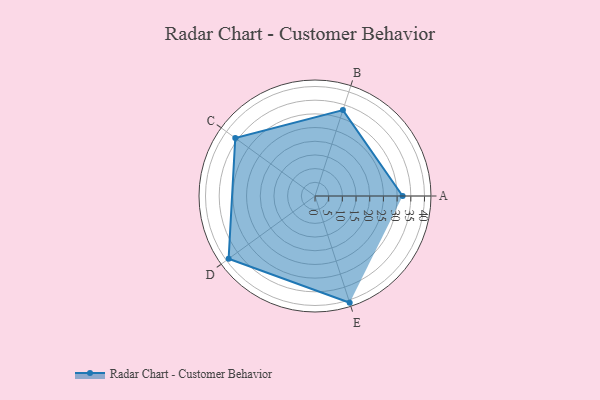
{"axis": {"x": "Skill", "y": "Score"}, "legend": ["Profile"], "data": [{"x": "A", "y": 32.0, "type": "Profile"}, {"x": "B", "y": 33.0, "type": "Profile"}, {"x": "C", "y": 36.0, "type": "Profile"}, {"x": "D", "y": 39.0, "type": "Profile"}, {"x": "E", "y": 41.0, "type": "Profile"}]}